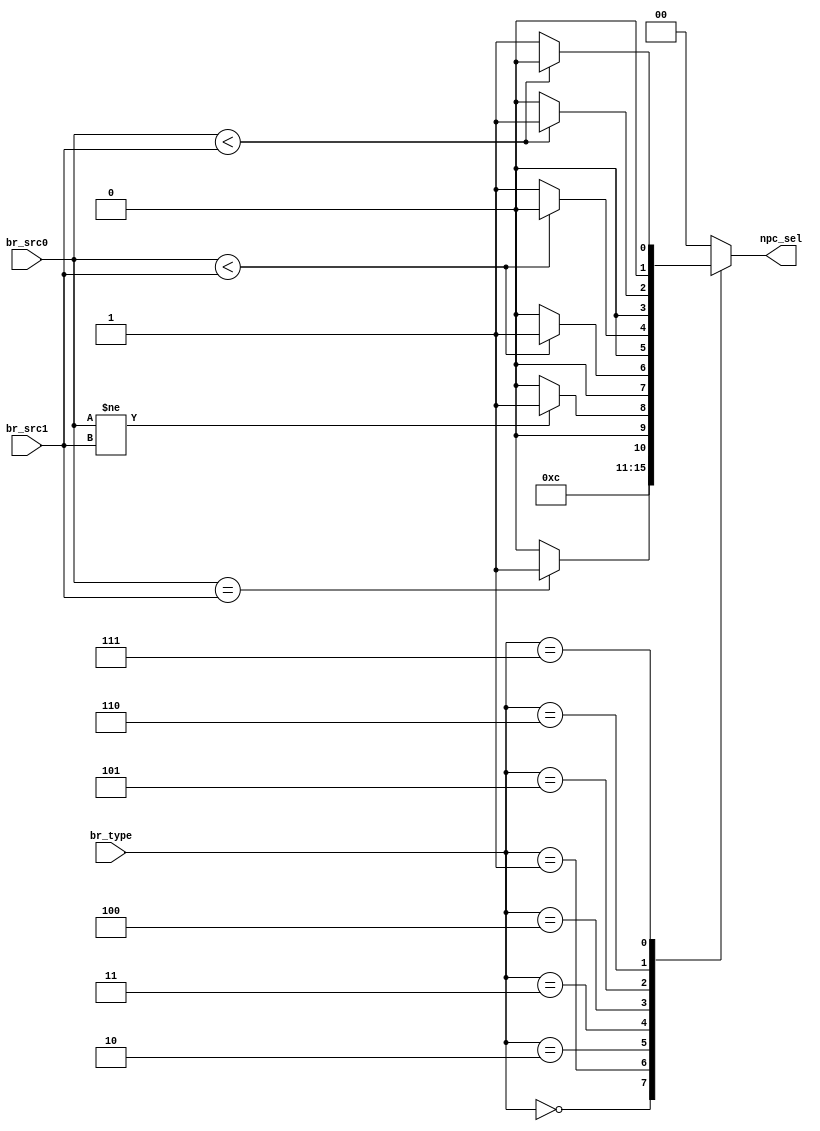
`timescale 1ns / 1ps
//////////////////////////////////////////////////////////////////////////////////
// Company: 
// Engineer: 
// 
// Design Name: 
// Module Name: BRANCH
// Project Name: 
// Target Devices: 
// Tool Versions: 
// Description: 
// 
// Dependencies: 
// 
// Revision:
// Revision 0.01 - File Created
// Additional Comments:
// 
//////////////////////////////////////////////////////////////////////////////////

module BRANCH(
    input                   [ 3 : 0]            br_type,//0:jal,1:jalr,2:beq,3:bne,4:blt,5:beg,6:bltu,7:bgeu,8:

    input                   [31 : 0]            br_src0,
    input                   [31 : 0]            br_src1,

    output      reg         [ 1 : 0]            npc_sel//0:pc+4,1:pc+offset,2:(pc+offset)&~1
);
always @(*) begin
    case(br_type)
        4'B0000:begin
            npc_sel = 1;
        end
        4'B0001:begin
            npc_sel = 2;
        end
        4'B0010:begin
            npc_sel = (br_src0 == br_src1) ? 1 : 0;
        end
        4'B0011:begin
            npc_sel = (br_src0 != br_src1) ? 1 : 0;
        end
        4'B0100:begin
            npc_sel = ($signed(br_src0)<$signed(br_src1)) ? 1 : 0;
        end
        4'B0101:begin
            npc_sel = ($signed(br_src0)<$signed(br_src1)) ? 0 : 1;
        end
        4'B0110:begin
            npc_sel = (br_src0 < br_src1) ? 1 : 0;
        end
        4'B0111:begin
            npc_sel = (br_src0 < br_src1) ? 0 : 1;
        end
        4'B1000:begin
            npc_sel = 0;
        end
        default:
            npc_sel = 0;
    endcase
end
endmodule